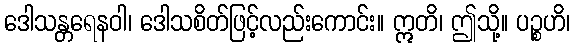
ဒေါသန္တရေနဝါ၊ ဒေါသစိတ်ဖြင့်လည်းကောင်း။ ဣတိ၊ ဤသို့။ ပဉ္စဟိ၊